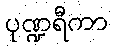
ပုဏ္ဍရီကာ